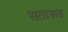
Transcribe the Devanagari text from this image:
सतारूढ